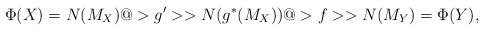
LaTeX: \begin{align*}\Phi(X) = N(M_X) @>g'>> N(g^*(M_X)) @>f>> N(M_Y) = \Phi(Y) ,\end{align*}